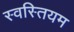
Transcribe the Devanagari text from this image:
स्वस्तियम